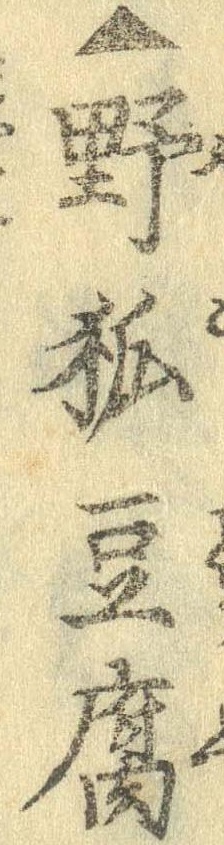
▲野狐豆腐